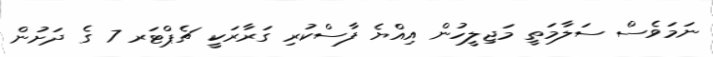
ނަމަވެސް ސަލާމަތީ މަޖިލީހުން އިއްޔެ ފާސްކުރި ގަރާރަކީ ޗެޕްޓަރ 7 ގެ ދަށުން